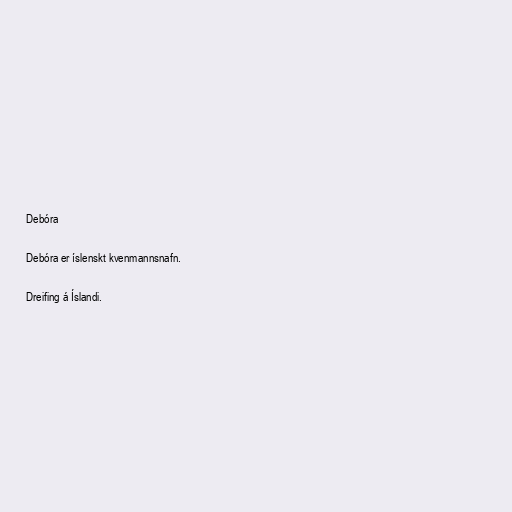
Debóra

Debóra er íslenskt kvenmannsnafn.

Dreifing á Íslandi.